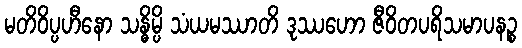
မတိဝိပ္ပဟီနော သန္ဓိမ္ပိ သံယမဿာတိ ဒုဿဟော ဇီဝိတပရိသမာပနဉ္စ